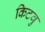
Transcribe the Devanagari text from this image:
किटवु